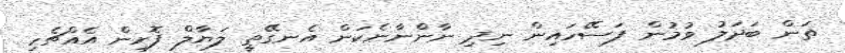
ތަން ބަދަލު ވުމުން ފަސޭހައިން ނިދި ނާންނާނެކަން އެނގޭތީ ލަޔާލް ފޮށިން އެއްޗެހި